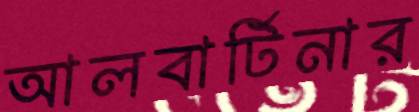
আলবার্টিনার